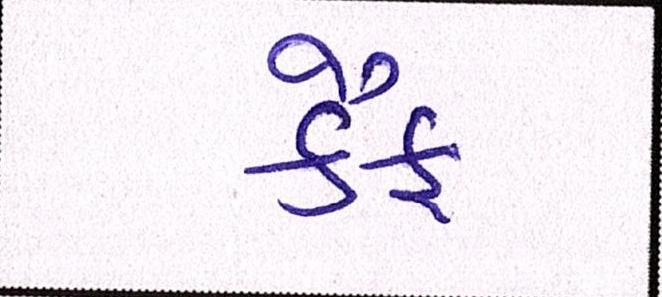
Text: કૈફ